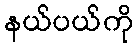
နယ်ပယ်ကို